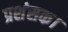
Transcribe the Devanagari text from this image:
प्रशंसक।